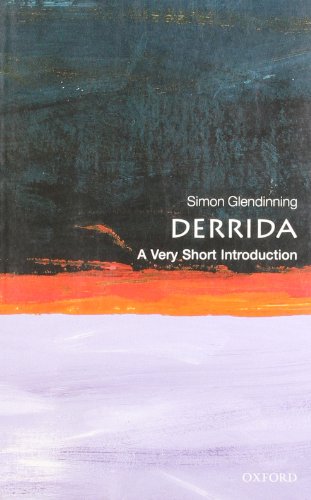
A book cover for Derrida: A Very Short Introduction; Simon Glendinning; Biographies & Memoirs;